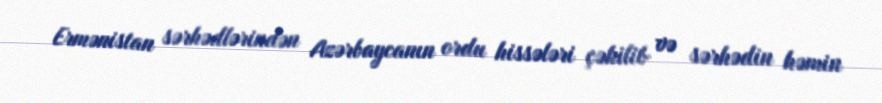
Ermənistan sərhədlərindən Azərbaycanın ordu hissələri çəkilib və sərhədin həmin